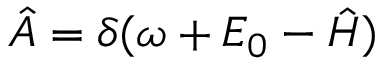
\hat { A } = \delta ( \omega + E _ { 0 } - \hat { H } )